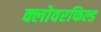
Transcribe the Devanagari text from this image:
क्लोवरफिल्ड